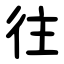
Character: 往